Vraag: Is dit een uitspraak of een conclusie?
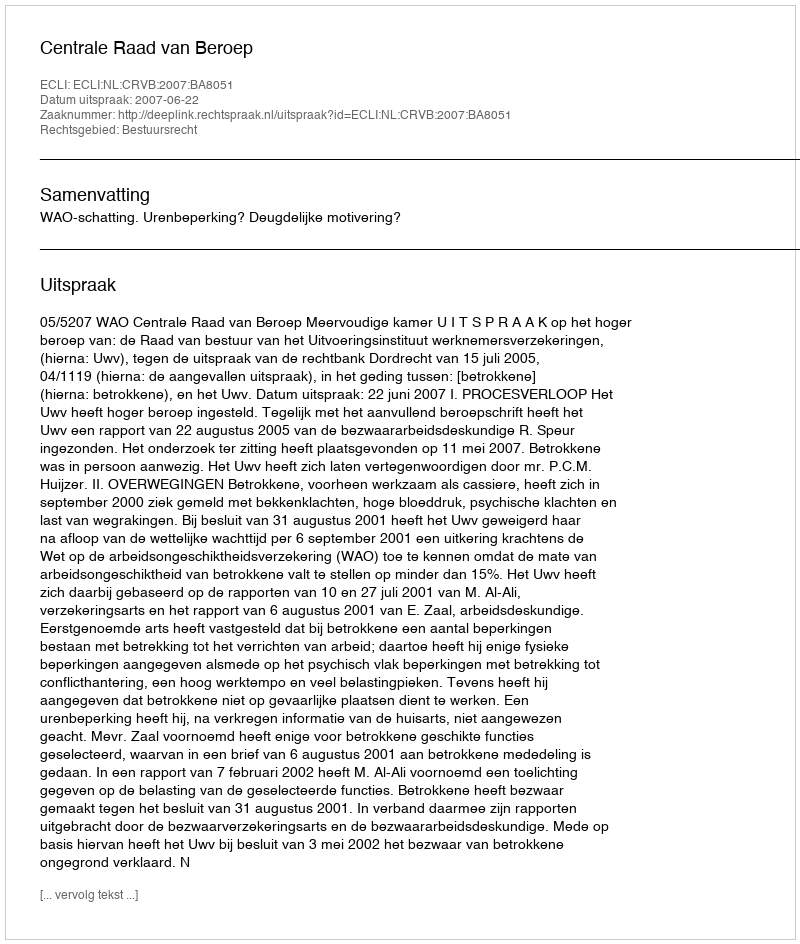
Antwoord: Uitspraak